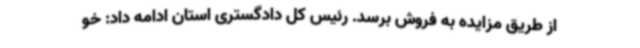
از طریق مزایده به فروش برسد. رئیس کل دادگستری استان ادامه داد: خو